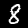
Digit: 8